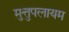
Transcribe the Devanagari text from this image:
मुत्तुपलायम